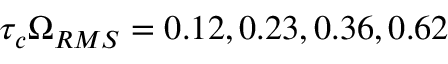
\tau _ { c } \Omega _ { R M S } = 0 . 1 2 , 0 . 2 3 , 0 . 3 6 , 0 . 6 2